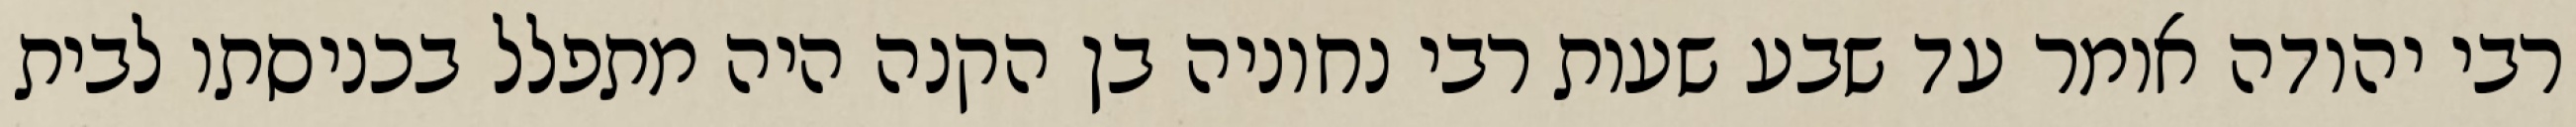
רבי יהודה אומר עד שבע שעות רבי נחוניה בן הקנה היה מתפלל בכניסתו לבית